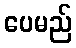
ပေမည်